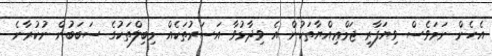
އެހެން ނަމަވެސް ވިޔަފާރި ޖަމްޢިއްޔާތަކުން އެ ވިދާޅުވާ އަސަރުތަކެއް މިބިލްތަކުގެ ސަބަބުން ނުކުރާނެ